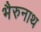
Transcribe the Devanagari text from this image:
भैरुनाथ